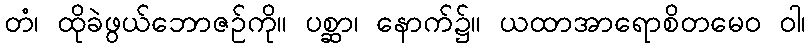
တံ၊ ထိုခဲဖွယ်ဘောဇဉ်ကို။ ပစ္ဆာ၊ နောက်၌။ ယထာအာရောစိတမေဝ ဝါ၊